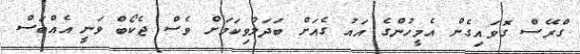
ގްރޭސް ގޮވައިގެން އެމީހުންގެ އައު ގެއަށް ބަދަލުވިިކަމަށް ވެސް ޖެކޯބް ވަނީ އެއްބަސް